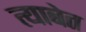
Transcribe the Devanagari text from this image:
त्याबेत